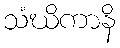
သံဃိကာနိ